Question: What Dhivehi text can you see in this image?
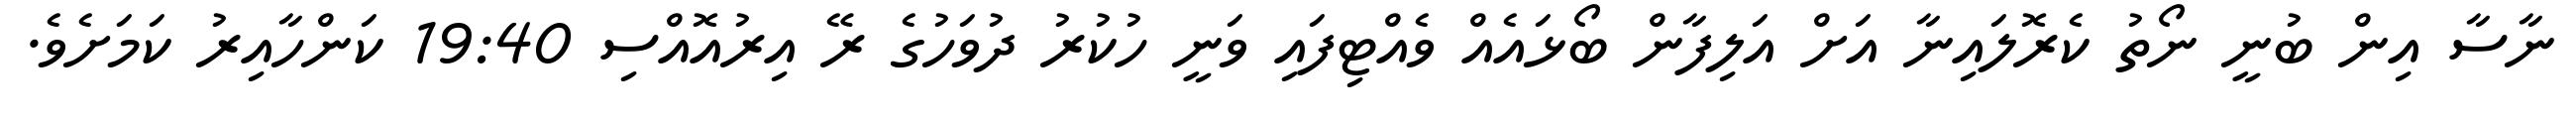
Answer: ނާސާ އިން ބުނީ ނޯތު ކެރޮލައިނާ އަށް އަލިފާން ބޯޅައެއް ވެއްޓިފައި ވަނީ ހުކުރު ދުވަހުގެ ރޭ އިރުއޮއްސި 19:40 ކަންހާއިރު ކަމަށެވެ.